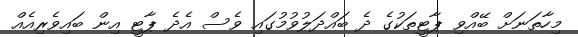
މިހާތަނަށް ބޭއްވި ޕާޓީތަކުގެ ދެ ބައްދަލުވުމުގައި ވެސް އެދެ ޕާޓީ އިން ބައިވެރިއެއް